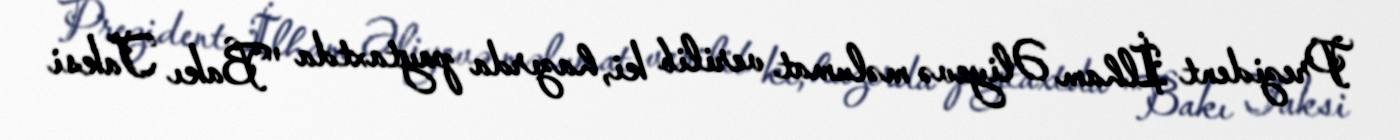
Prezident İlham Əliyevə məlumat verilib ki, hazırda paytaxtda ''Bakı Taksi